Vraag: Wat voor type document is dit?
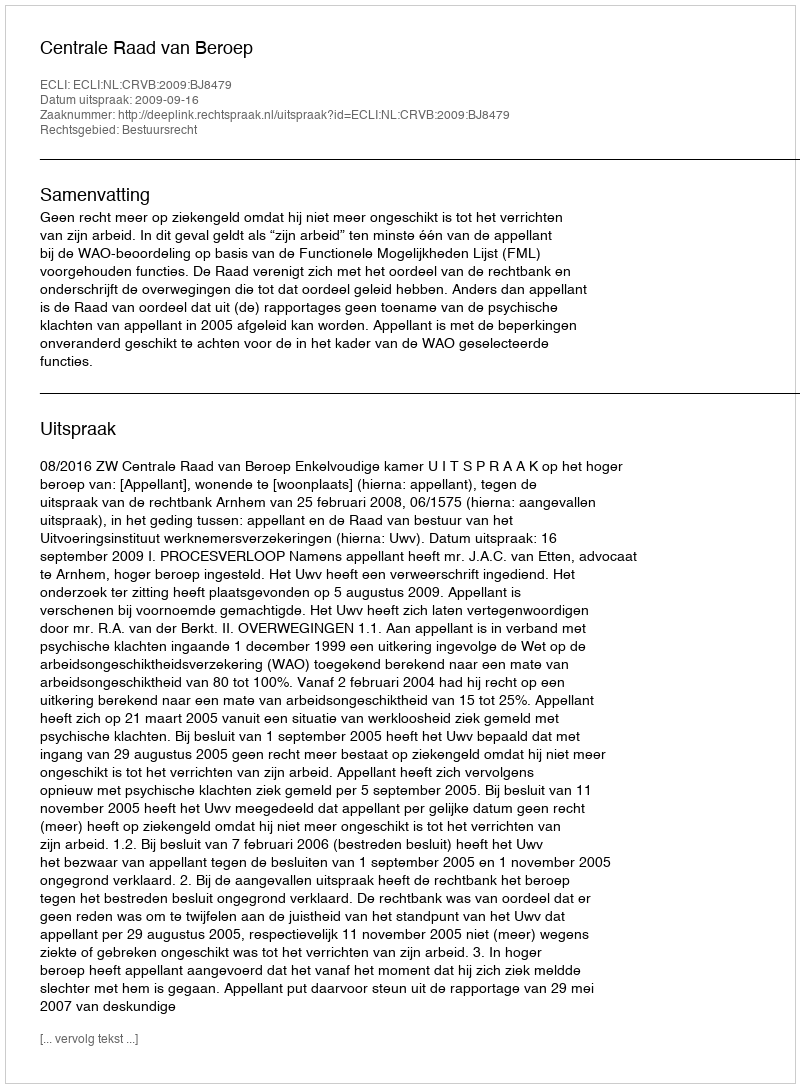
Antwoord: Uitspraak